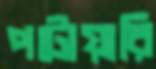
পটোয়ারি